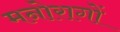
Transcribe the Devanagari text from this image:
मनोरागों